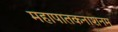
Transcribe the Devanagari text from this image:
महापातकनाशनम्‌